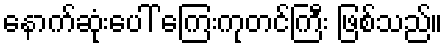
နောက်ဆုံးပေါ် ကြေးကုတင်ကြီး ဖြစ်သည်။